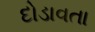
દોડાવતા